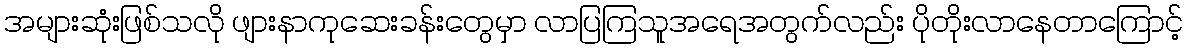
အများဆုံးဖြစ်သလို ဖျားနာကုဆေးခန်းတွေမှာ လာပြကြသူအရေအတွက်လည်း ပိုတိုးလာနေတာကြောင့်